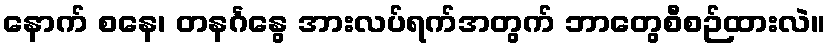
နောက် စနေ၊ တနင်္ဂနွေ အားလပ်ရက်အတွက် ဘာတွေစီစဉ်ထားလဲ။